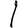
Digit: 1